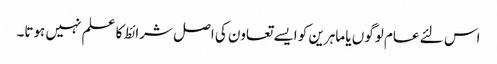
اس لئے عام لوگوں یا ماہرین کو ایسے تعاون کی اصل شرائط کا علم نہیں ہوتا۔